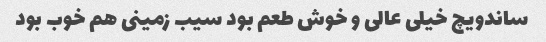
ساندویچ خیلی عالی و خوش طعم بود سیب زمینی هم خوب بود